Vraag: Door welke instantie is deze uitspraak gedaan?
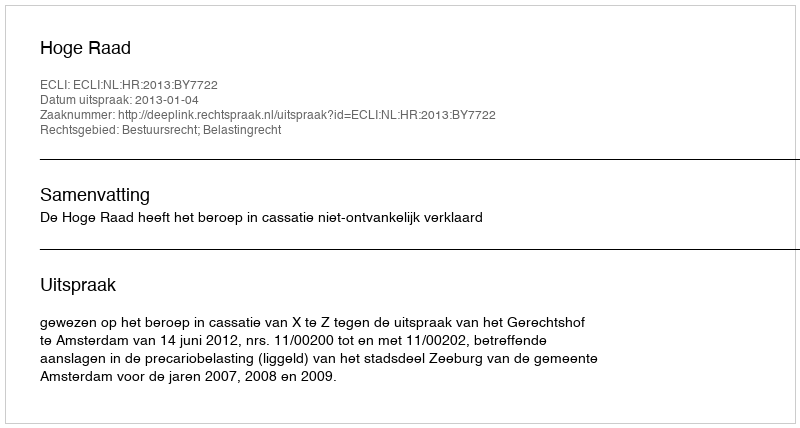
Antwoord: Hoge Raad